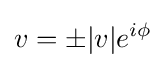
v=\pm |v|e^{i\phi }